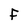
Character: F